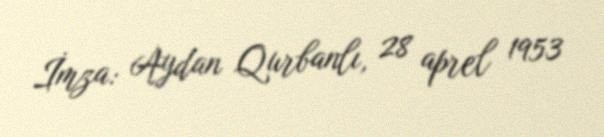
İmza: Aydan Qurbanlı, 28 aprel 1953